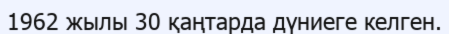
1962 жылы 30 қаңтарда дүниеге келген.